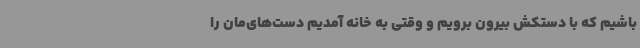
باشیم که با دستکش بیرون برویم و وقتی به خانه آمدیم دست‌های‌مان را